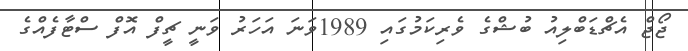
ޖޯޖް އެޗްޑަބްލިއު ބުޝްގެ ވެރިކަމުގައި 1989ވަނަ އަހަރު ވަނީ ޗީފް އޮފް ސްޓާފެއްގެ